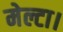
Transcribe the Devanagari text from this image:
मेल्टा।